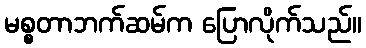
မစ္စတာဘက်ဆမ်က ပြောလိုက်သည်။